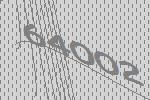
64002